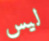
ليس